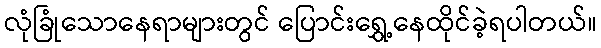
လုံခြုံသောနေရာများတွင် ပြောင်းရွှေ့နေထိုင်ခဲ့ရပါတယ်။